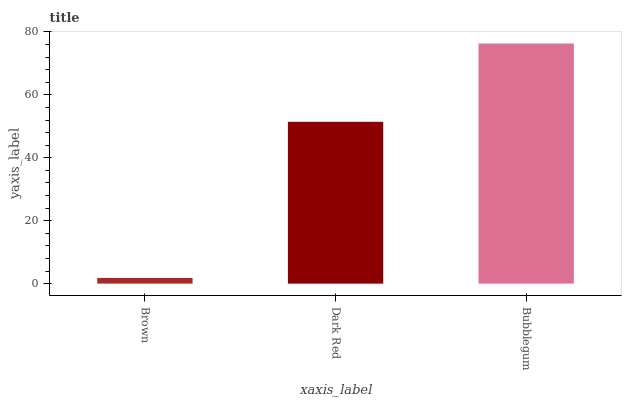
| xaxis_label | bars |
 | --- | --- |
 | Brown | 1.81 |
 | Dark Red | 51.4 |
 | Bubblegum | 76.3 |